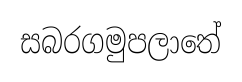
සබරගමුපලාතේ